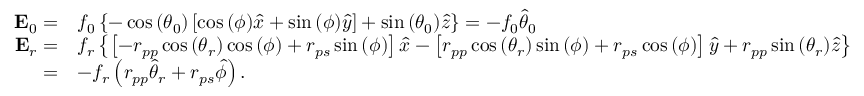
\begin{array} { r l } { \mathbf { E } _ { 0 } = } & { f _ { 0 } \left\{ - \cos { ( \theta _ { 0 } ) } \left[ \cos { ( \phi ) } \hat { x } + \sin { ( \phi ) } \hat { y } \right] + \sin { ( \theta _ { 0 } ) } \hat { z } \right\} = - f _ { 0 } \hat { \theta } _ { 0 } } \\ { \mathbf { E } _ { r } = } & { f _ { r } \left\{ \left[ - r _ { p p } \cos { ( \theta _ { r } ) } \cos { ( \phi ) } + r _ { p s } \sin { ( \phi ) } \right] \hat { x } - \left[ r _ { p p } \cos { ( \theta _ { r } ) } \sin { ( \phi ) } + r _ { p s } \cos { ( \phi ) } \right] \hat { y } + r _ { p p } \sin { ( \theta _ { r } ) } \hat { z } \right\} } \\ { = } & { - f _ { r } \left( r _ { p p } \hat { \theta } _ { r } + r _ { p s } \hat { \phi } \right) . } \end{array}